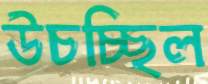
উচচ্ছিল